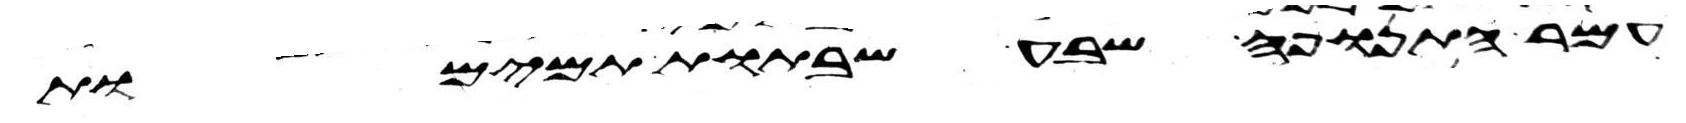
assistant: עמר התנופה שבע שבתות תמימות